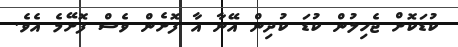
ކުޑަކޮށް ޖެހިލުން ކުޑަ ކުދިން އޭނާ އާ ފޮށެން ވެސް ފޮށޭމެ އެވެ.